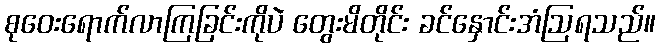
စုဝေးရောက်လာကြခြင်းကိုပဲ တွေးမိတိုင်း ခင်နှောင်းအံဩရသည်။